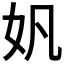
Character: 𫰉